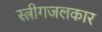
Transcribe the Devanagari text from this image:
स्त्रीगजलकार